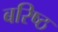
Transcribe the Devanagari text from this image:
बरिष्ठ